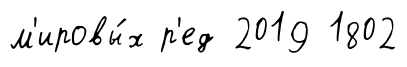
м'ировы́х р'ед 2019 1802